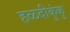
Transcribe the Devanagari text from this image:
हळदीकुंकु